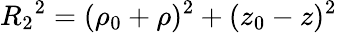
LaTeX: {R_{2}}^{2}=(\rho_{0}+\rho)^{2}+(z_{0}-z)^{2}